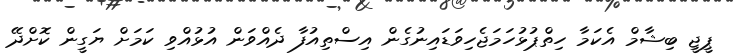
ޕީޖީ ބިޝާމް އެކަމާ ހިތްޕުޅުހަމަޖެހިވަޑައިނުގެން އިސްތިއުފާ ދެއްވަން އުޅުއްވި ކަމަށް ޔަގީން ކޮށްދޭ